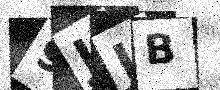
Text: 9JJB